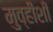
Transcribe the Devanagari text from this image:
मुव्हीशी